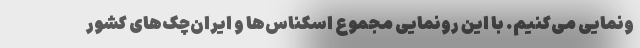
ونمایی می‌کنیم. با این رونمایی مجموع اسکناس‌ها و ایران‌چک‌های کشور